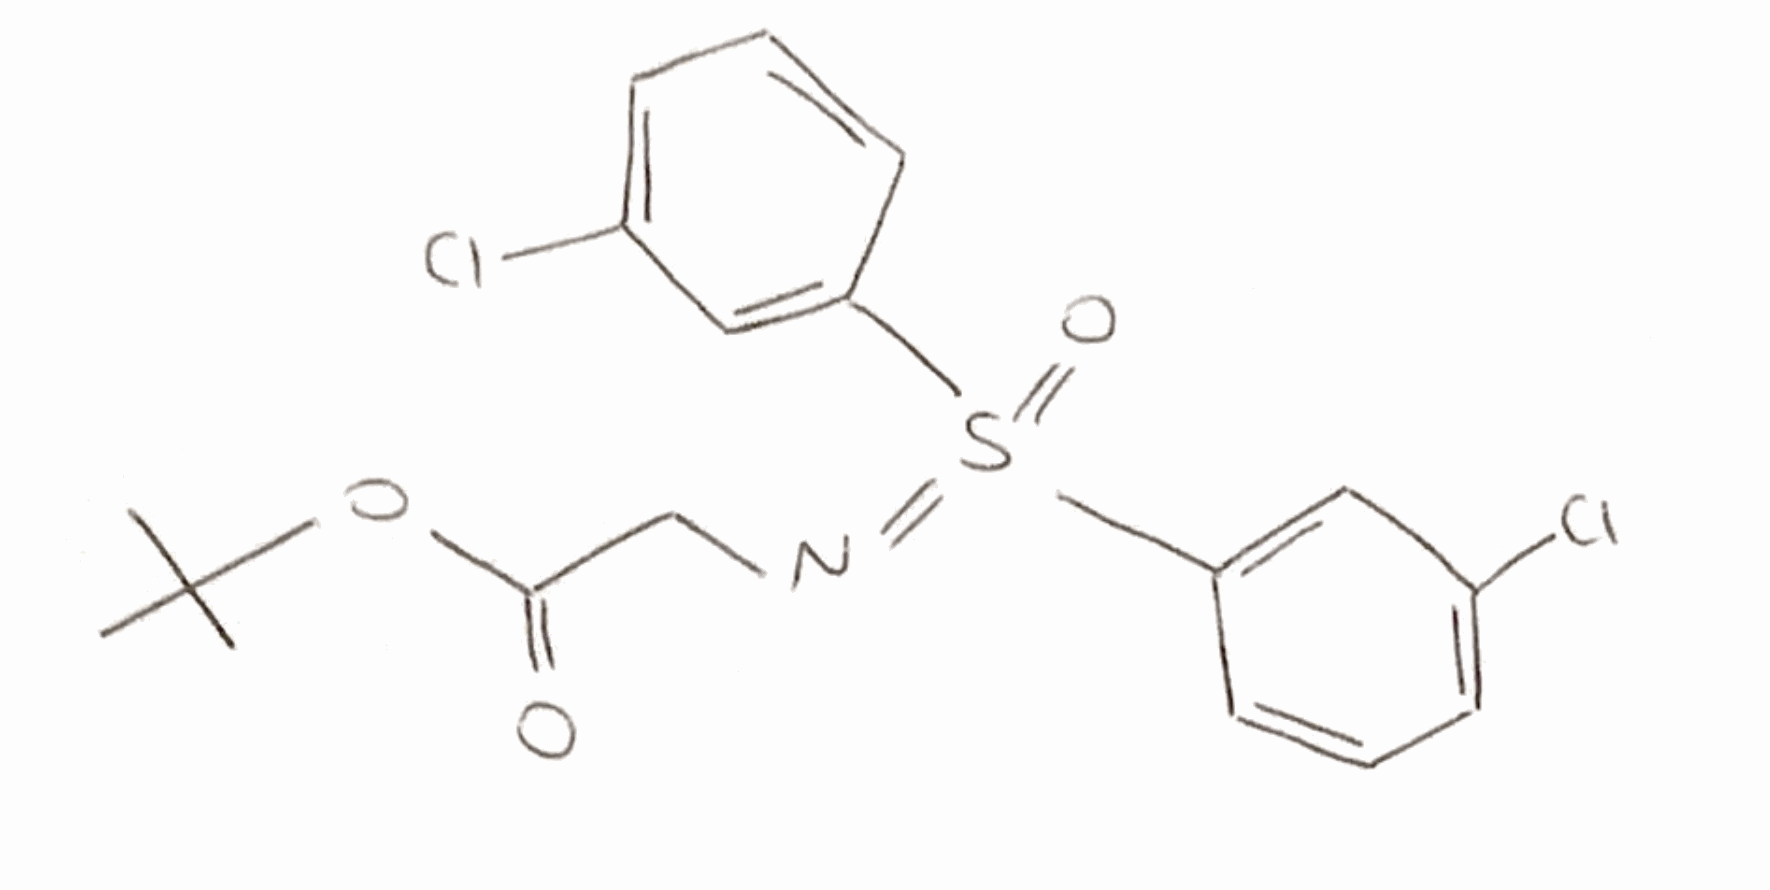
Simplified molecular-input line-entry system (SMILES) notation of the given molecule:
CC(C)(C)OC(=O)CN=S(=O)(C1=CC(=CC=C1)Cl)C2=CC(=CC=C2)Cl